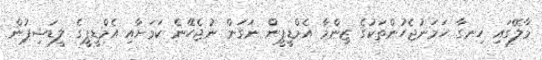
މާލޭގައި ހިނގާ ހަމަނުޖެހުންތަކުގެ ޒިންމާ އެމްޑީޕީން ނަގަން ނުޖެހޭނެ ކަމަށާއި އެމްޑީޕީގެ ލީޑަޝިޕުން